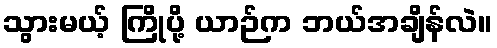
သွားမယ့် ကြိုပို့ ယာဉ်က ဘယ်အချိန်လဲ။